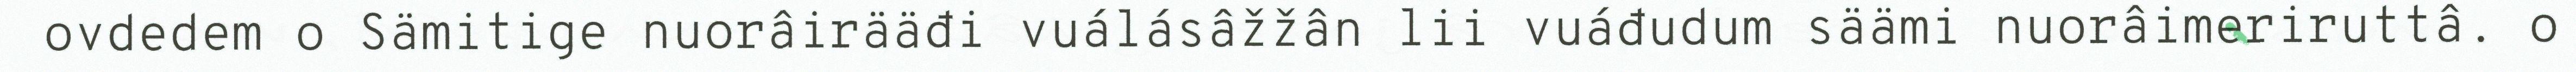
ovdedem o Sämitige nuorâirääđi vuálásâžžân lii vuáđudum säämi nuorâimeriruttâ. o